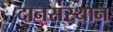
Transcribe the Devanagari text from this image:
दानसंस्थान